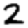
Digit: 2